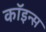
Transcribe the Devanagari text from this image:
कॉइन्स